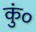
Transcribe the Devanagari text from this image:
कुं०